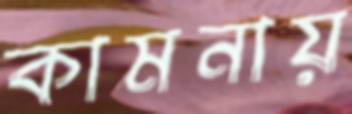
কামনায়